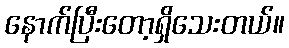
နောက်ပြီးတော့ရှိသေးတယ်။